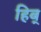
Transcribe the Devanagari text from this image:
हिब्